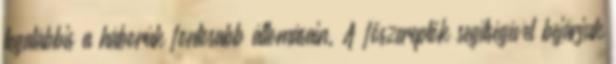
legalábbis a háborúk fontosabb állomásain. A főszereplők segítségével bejárjuk